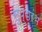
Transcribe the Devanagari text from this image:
सुप्रारंभ